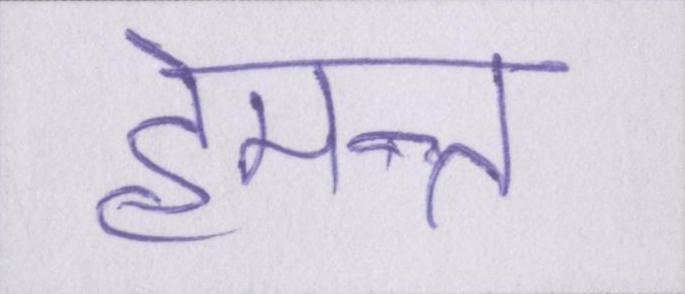
हेमन्त